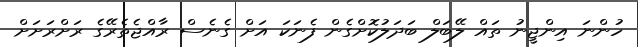
ހުންނަ އިންޖީނު ތައް ލޭބަލް ބަދަލުކޮށްގެން ފެނަކަ އަށް ގެނެސް ރާއްޖެތެރޭގެ ރަށްރަށަށް